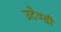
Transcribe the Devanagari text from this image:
उटेण्डी